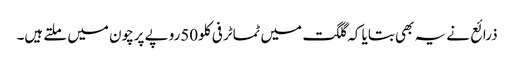
ذرائع نے یہ بھی بتایا کہ گلگت میں ٹماٹر فی کلو50روپے پرچون میں ملتے ہیں۔